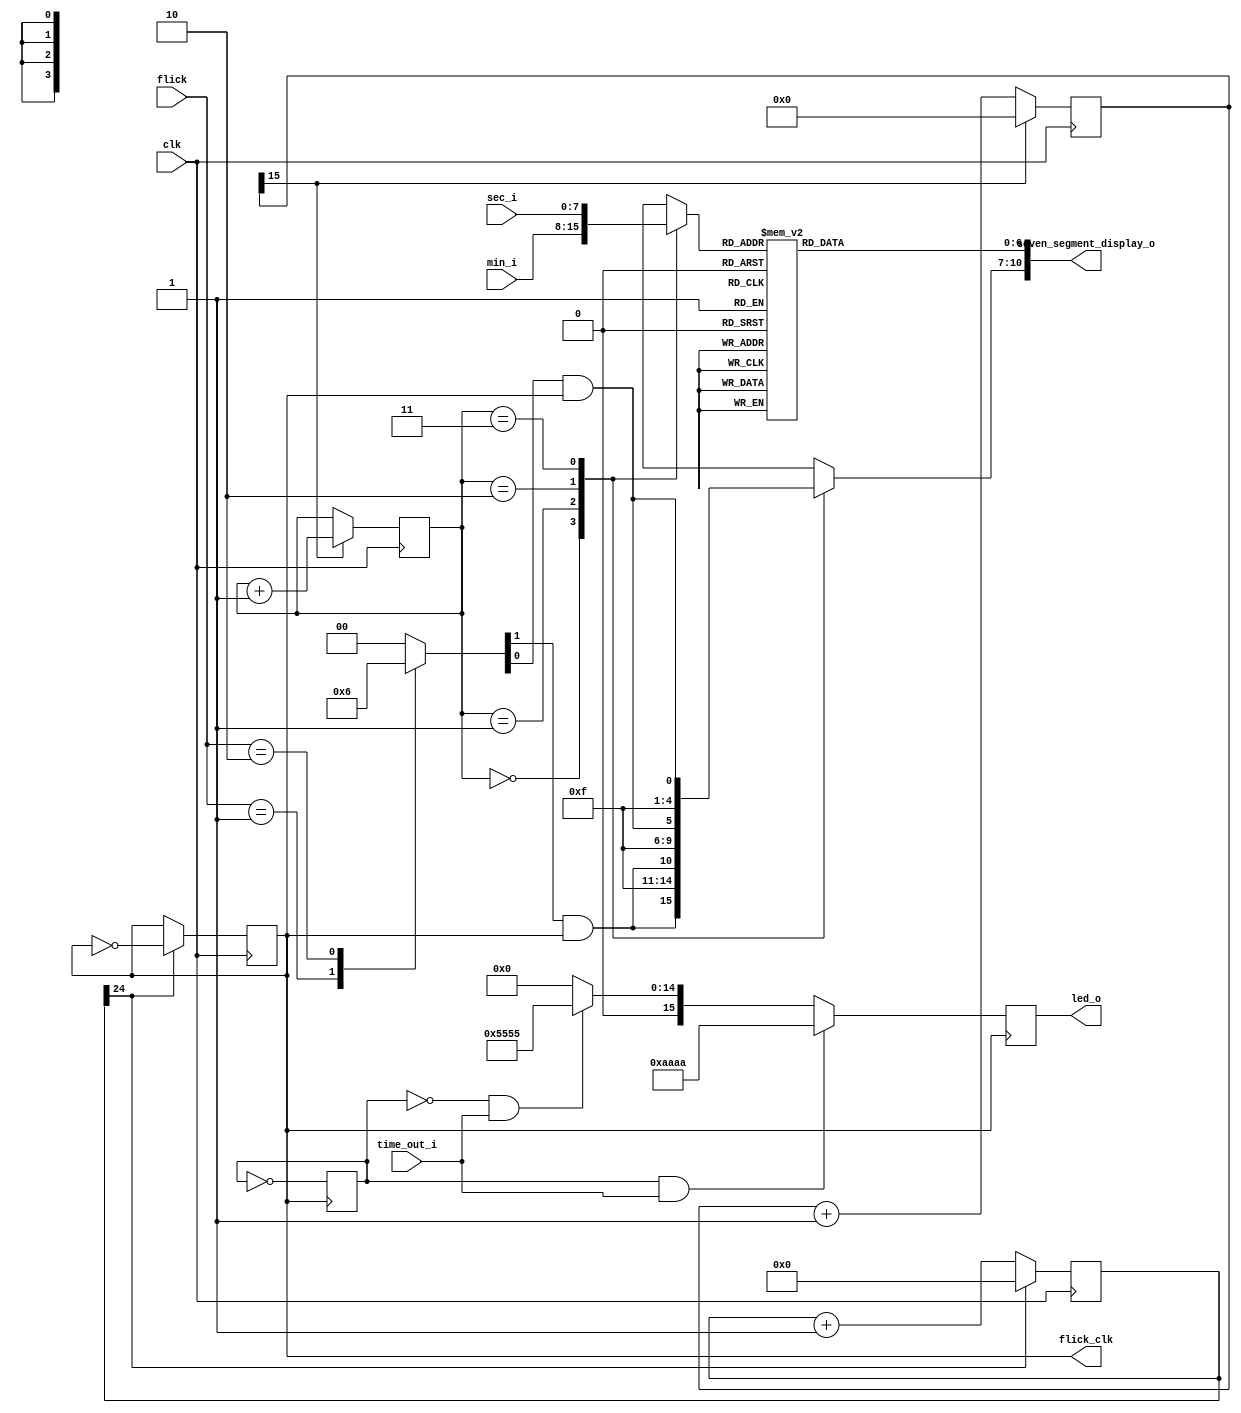
/////////////////////////////
//led//
////////////////////////////
module seven_segment_display(
    clk,min_i,sec_i,seven_segment_display_o,flick,flick_clk,time_out_i,led_o
);
input clk;
input [7:0] min_i;
input [7:0] sec_i;
input [1:0] flick;//
input time_out_i;
output [10:0] seven_segment_display_o;
output flick_clk;
output [15:0] led_o;
reg [15:0] led_o;
reg [3:0] anode;
reg [6:0] seven_segment;
reg [1:0] sel=2'b00;
reg [3:0] target=4'b0000;
reg [15:0]counts=0 ;
reg [24:0] flick_counter=0;
reg flick_clk=1'b0;
reg [1:0] flick_state;
reg led_count=0;
assign seven_segment_display_o={anode,seven_segment};
always @(posedge clk) begin//clk_core
    counts<=counts+1;
    if(counts[15])begin
        sel<=sel+2'b01;
        counts<=0;
    end
    else ;
end
always @(flick) begin//
    case (flick)
        2'b01: begin
            flick_state=2'b01;
        end
        2'b10: begin
            flick_state=2'b10;
        end
        default: begin
            flick_state=2'b00;
        end
    endcase
end
always @(posedge clk) begin//
    flick_counter<=flick_counter+1;
    if(flick_counter[24]) begin
        flick_clk<=~flick_clk;
        flick_counter<=0;
    end
    else ;
end
always @(posedge flick_clk) begin//0
    if(led_count&&time_out_i)begin
        led_o<=16'b1010101010101010;
    end
    else if((!led_count)&&time_out_i)begin
        led_o<=16'b0101010101010101;
    end
    else begin
        led_o<=16'b0000000000000000;
    end
    led_count<=~led_count;
end
always @(*) begin//7anode1
    case (sel)
        2'b00:begin
            anode={flick_state[1]&&flick_clk,3'b111};
            target=min_i[7:4];
        end
        2'b01:begin
            anode={1'b1,flick_state[1]&&flick_clk,2'b11};
            target=min_i[3:0];
        end
        2'b10:begin
            anode={2'b11,flick_state[0]&&flick_clk,1'b1};
            target=sec_i[7:4];
        end
        2'b11:begin
            anode={3'b111,flick_state[0]&&flick_clk};
            target=sec_i[3:0];
        end
        default: begin
            anode=4'b1111;
            target=4'b0000;
        end
    endcase
    case (target)
        4'b0000: seven_segment<=7'b0000001 ;
        4'b0001: seven_segment<=7'b1001111 ;
        4'b0010: seven_segment<=7'b0010010 ;
        4'b0011: seven_segment<=7'b0000110 ;
        4'b0100: seven_segment<=7'b1001100 ;
        4'b0101: seven_segment<=7'b0100100 ;
        4'b0110: seven_segment<=7'b0100000 ;
        4'b0111: seven_segment<=7'b0001111 ;
        4'b1000: seven_segment<=7'b0000000 ;
        4'b1001: seven_segment<=7'b0000100 ;
        default: seven_segment<=7'b1111111 ;
    endcase
end
endmodule